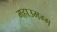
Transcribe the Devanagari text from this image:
महाउमग्ग